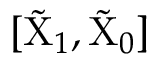
[ \tilde { \mathrm { X } } _ { 1 } , \tilde { \mathrm { X } } _ { 0 } ]